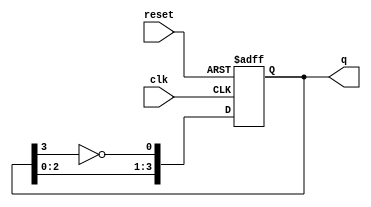
module async_johnson_counter (
    input wire clk,          // Clock input
    input wire reset,        // Asynchronous reset
    output reg [3:0] q       // 4-bit output
);

    // Always block for the asynchronous behavior
    always @(posedge clk or posedge reset) begin
        if (reset) begin
            q <= 4'b0000;   // Reset counter to a known state (0000)
        end
        else begin
            // Johnson counter logic
            q[0] <= ~q[3];   // Invert last flip-flop output and feed to first
            q[1] <= q[0];    // Shift the output of the first flip-flop to the second
            q[2] <= q[1];    // Shift the output of the second flip-flop to the third
            q[3] <= q[2];    // Shift the output of the third flip-flop to the fourth
        end
    end

endmodule